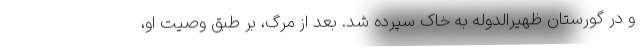
و در گورستان ظهیرالدوله به خاک سپرده شد. بعد از مرگ، بر طبق وصیت او،